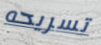
تسريحه